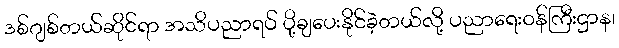
ဒစ်ဂျစ်တယ်ဆိုင်ရာ အသိပညာရပ် ပို့ချပေးနိုင်ခဲ့တယ်လို့ ပညာရေးဝန်ကြီးဌာန၊